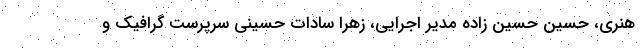
هنری، حسین حسین زاده مدیر اجرایی، زهرا سادات حسینی سرپرست گرافیک و